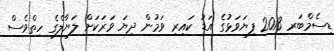
ޑިސެމްބަރ 2013 ފިޔަވަޅުގެ އަޑު ކައިރި ވަމުން ދިޔަ ވަރަކަށް ލަޔާލްގެ ހިތްވެސް